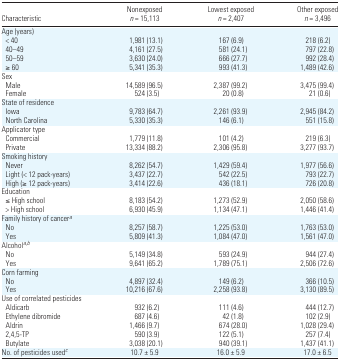
<table><thead><tr><td><b>Characteristic</b></td><td><b>Nonexposed<i>n</i> = 15,113</b></td><td><b>Lowest exposed<i>n</i> = 2,407</b></td><td><b>Other exposed<i>n</i> = 3,496</b></td></tr></thead><tbody><tr><td colspan="4">Age (years)</td></tr><tr><td> &lt; 40</td><td>1,981 (13.1)</td><td>167 (6.9)</td><td>218 (6.2)</td></tr><tr><td> 40–49</td><td>4,161 (27.5)</td><td>581 (24.1)</td><td>797 (22.8)</td></tr><tr><td> 50–59</td><td>3,630 (24.0)</td><td>666 (27.7)</td><td>992 (28.4)</td></tr><tr><td> ≥ 60</td><td>5,341 (35.3)</td><td>993 (41.3)</td><td>1,489 (42.6)</td></tr><tr><td colspan="4">Sex</td></tr><tr><td> Male</td><td>14,589 (96.5)</td><td>2,387 (99.2)</td><td>3,475 (99.4)</td></tr><tr><td> Female</td><td>524 (3.5)</td><td>20 (0.8)</td><td>21 (0.6)</td></tr><tr><td colspan="4">State of residence</td></tr><tr><td> Iowa</td><td>9,783 (64.7)</td><td>2,261 (93.9)</td><td>2,945 (84.2)</td></tr><tr><td> North Carolina</td><td>5,330 (35.3)</td><td>146 (6.1)</td><td>551 (15.8)</td></tr><tr><td colspan="4">Applicator type</td></tr><tr><td> Commercial</td><td>1,779 (11.8)</td><td>101 (4.2)</td><td>219 (6.3)</td></tr><tr><td> Private</td><td>13,334 (88.2)</td><td>2,306 (95.8)</td><td>3,277 (93.7)</td></tr><tr><td colspan="4">Smoking history</td></tr><tr><td> Never</td><td>8,262 (54.7)</td><td>1,429 (59.4)</td><td>1,977 (56.6)</td></tr><tr><td> Light (&lt; 12 pack-years)</td><td>3,437 (22.7)</td><td>542 (22.5)</td><td>793 (22.7)</td></tr><tr><td> High (≥ 12 pack-years)</td><td>3,414 (22.6)</td><td>436 (18.1)</td><td>726 (20.8)</td></tr><tr><td colspan="4">Education</td></tr><tr><td> ≤ High school</td><td>8,183 (54.2)</td><td>1,273 (52.9)</td><td>2,050 (58.6)</td></tr><tr><td> &gt; High school</td><td>6,930 (45.9)</td><td>1,134 (47.1)</td><td>1,446 (41.4)</td></tr><tr><td colspan="4">Family history of cancera</td></tr><tr><td> No</td><td>8,257 (58.7)</td><td>1,225 (53.0)</td><td>1,763 (53.0)</td></tr><tr><td> Yes</td><td>5,809 (41.3)</td><td>1,084 (47.0)</td><td>1,561 (47.0)</td></tr><tr><td colspan="4">Alcohola,b</td></tr><tr><td> No</td><td>5,149 (34.8)</td><td>593 (24.9)</td><td>944 (27.4)</td></tr><tr><td> Yes</td><td>9,641 (65.2)</td><td>1,789 (75.1)</td><td>2,506 (72.6)</td></tr><tr><td colspan="4">Corn farming</td></tr><tr><td> No</td><td>4,897 (32.4)</td><td>149 (6.2)</td><td>366 (10.5)</td></tr><tr><td> Yes</td><td>10,216 (67.6)</td><td>2,258 (93.8)</td><td>3,130 (89.5)</td></tr><tr><td colspan="4">Use of correlated pesticides</td></tr><tr><td> Aldicarb</td><td>932 (6.2)</td><td>111 (4.6)</td><td>444 (12.7)</td></tr><tr><td> Ethylene dibromide</td><td>687 (4.6)</td><td>42 (1.8)</td><td>102 (2.9)</td></tr><tr><td> Aldrin</td><td>1,466 (9.7)</td><td>674 (28.0)</td><td>1,028 (29.4)</td></tr><tr><td> 2,4,5-TP</td><td>590 (3.9)</td><td>122 (5.1)</td><td>257 (7.4)</td></tr><tr><td> Butylate</td><td>3,038 (20.1)</td><td>940 (39.1)</td><td>1,437 (41.1)</td></tr><tr><td>No. of pesticides usedc</td><td>10.7 ± 5.9</td><td>16.0 ± 5.9</td><td>17.0 ± 6.5</td></tr></tbody></table>